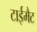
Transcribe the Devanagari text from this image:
टाईमैट